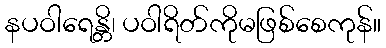
နပဝါရေန္တိ၊ ပဝါရိတ်ကိုမဖြစ်စေကုန်။